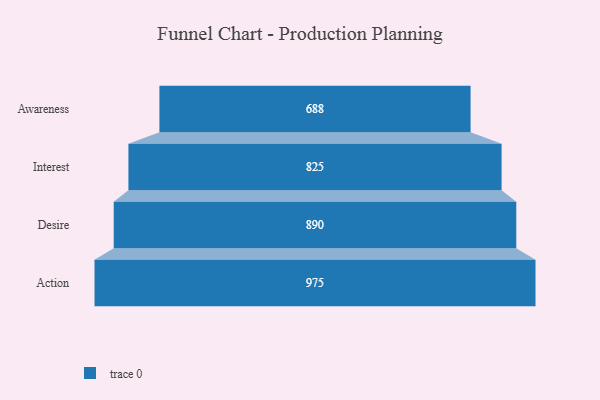
{"axis": {"x": "Stage", "y": "Value"}, "legend": [""], "data": [{"x": "Awareness", "y": 688.0, "type": ""}, {"x": "Interest", "y": 825.0, "type": ""}, {"x": "Desire", "y": 890.0, "type": ""}, {"x": "Action", "y": 975.0, "type": ""}]}